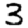
Digit: 3